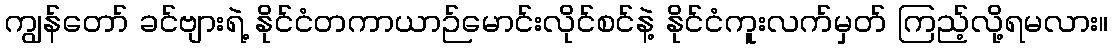
ကျွန်တော် ခင်ဗျားရဲ့ နိုင်ငံတကာယာဉ်မောင်းလိုင်စင်နဲ့ နိုင်ငံကူးလက်မှတ် ကြည့်လို့ရမလား။